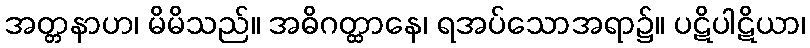
အတ္တနာဟ၊ မိမိသည်။ အဓိဂတ္ထာနေ၊ ရအပ်သောအရာ၌။ ပဋိပါဋိယာ၊